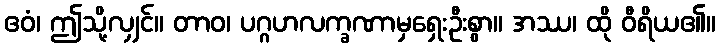
ဧဝံ၊ ဤသို့လျှင်။ တာဝ၊ ပဂ္ဂဟလက္ခဏာမှရှေးဦးစွာ။ အဿ၊ ထို ဝီရိယ၏။